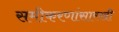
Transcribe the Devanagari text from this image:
समीकरणांसारखी